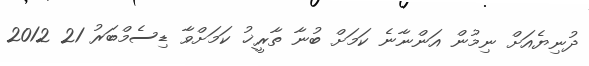
ދުނިޔެއަށް ނިމުން އަންނާނެ ކަމަށް ބުނާ ތާރީޚު ކަމަށްވާ ޑިސެމްބަރު 21 2012